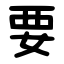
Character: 要